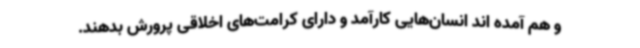
و هم آمده اند انسان‌هایی کارآمد و دارای کرامت‌های اخلاقی پرورش بدهند.